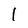
Character: 1